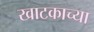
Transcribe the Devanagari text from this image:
खाटकाच्या